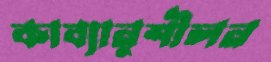
কাব্যানুশীলন